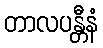
တာလပန္တီနံ